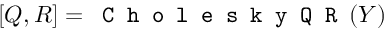
[ Q , R ] = \texttt { C h o l e s k y Q R } ( Y )